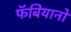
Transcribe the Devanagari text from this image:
फॅबियानो